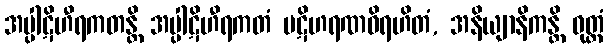
အပ္ပါဋိဟီရကတန္တိ အပ္ပါဋိဟီရကတံ ပဋိဟရဏဝိရဟိတံ, အနိယျာနိကန္တိ ဝုတ္တံ